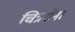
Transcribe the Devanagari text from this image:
चित्रसेना